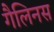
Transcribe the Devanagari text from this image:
गैलिनस